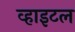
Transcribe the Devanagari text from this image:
व्हाइटल